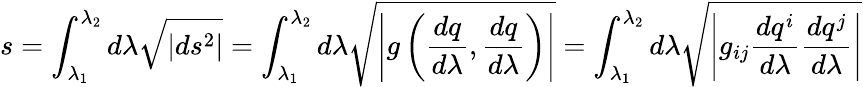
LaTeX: s=\int_{\lambda_{1}}^{\lambda_{2}}d\lambda{\sqrt{\left|ds^{2}\right|}}=\int_{\lambda_{1}}^{\lambda_{2}}d\lambda{\sqrt{\left|g\left({\frac{dq}{d\lambda}},{\frac{dq}{d\lambda}}\right)\right|}}=\int_{\lambda_{1}}^{\lambda_{2}}d\lambda{\sqrt{\left|g_{ij}{\frac{dq^{i}}{d\lambda}}{\frac{dq^{j}}{d\lambda}}\right|}}